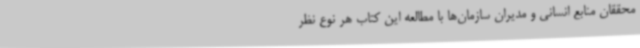
محققان منابع انسانی و مدیران سازمان‌ها با مطالعه این کتاب هر نوع نظر